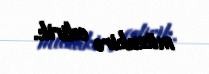
müzakirə edirik.